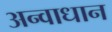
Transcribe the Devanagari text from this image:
अन्वाधान